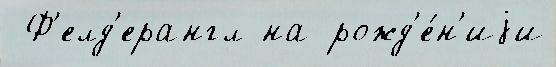
 Ф'елд'ерангл на рожд'е́н'иjи